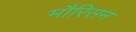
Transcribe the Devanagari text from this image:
मौरिसन